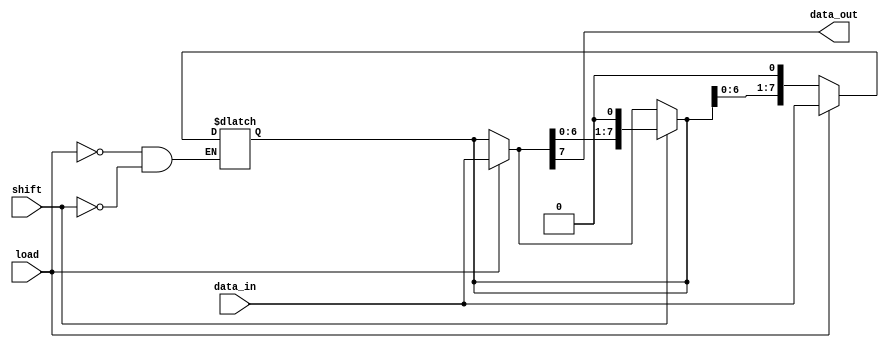
module piso_register #(
    parameter N = 8  // Width of data input (N bits)
)(
    input  [N-1:0] data_in,  // Parallel input data
    input         load,       // Active-high control signal to load data
    input         shift,      // Active-high control signal to shift data out
    output reg    data_out    // Serial output for the shifted data
);

    reg [N-1:0] shift_reg;   // Shift register to hold data
    reg [N-1:0] temp_reg;    // Temporary register for loading

    // Asynchronous Load Operation
    always @* begin
        if (load) begin
            temp_reg = data_in; // Load data from input
        end else begin
            temp_reg = shift_reg; // Retain shift register value when not loading
        end
    end

    // Shifting operation
    always @* begin
        if (shift) begin
            shift_reg = {temp_reg[N-2:0], 1'b0}; // Shift left, introducing 0 at LSB
            data_out = temp_reg[N-1]; // Output the MSB
        end else begin
            shift_reg = temp_reg; // Retain value in shift_reg when not shifting
            data_out = shift_reg[N-1]; // Output the MSB of the shift register
        end
    end

    // Always block to update the shift register
    always @(load or shift) begin
        if (load) begin
            shift_reg <= data_in;  // Load input data into shift register when load is high
        end else if (shift) begin
            shift_reg <= {shift_reg[N-2:0], 1'b0}; // Shift the register on rise of the shift signal
        end
    end

endmodule